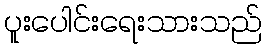
ပူးပေါင်းရေးသားသည်